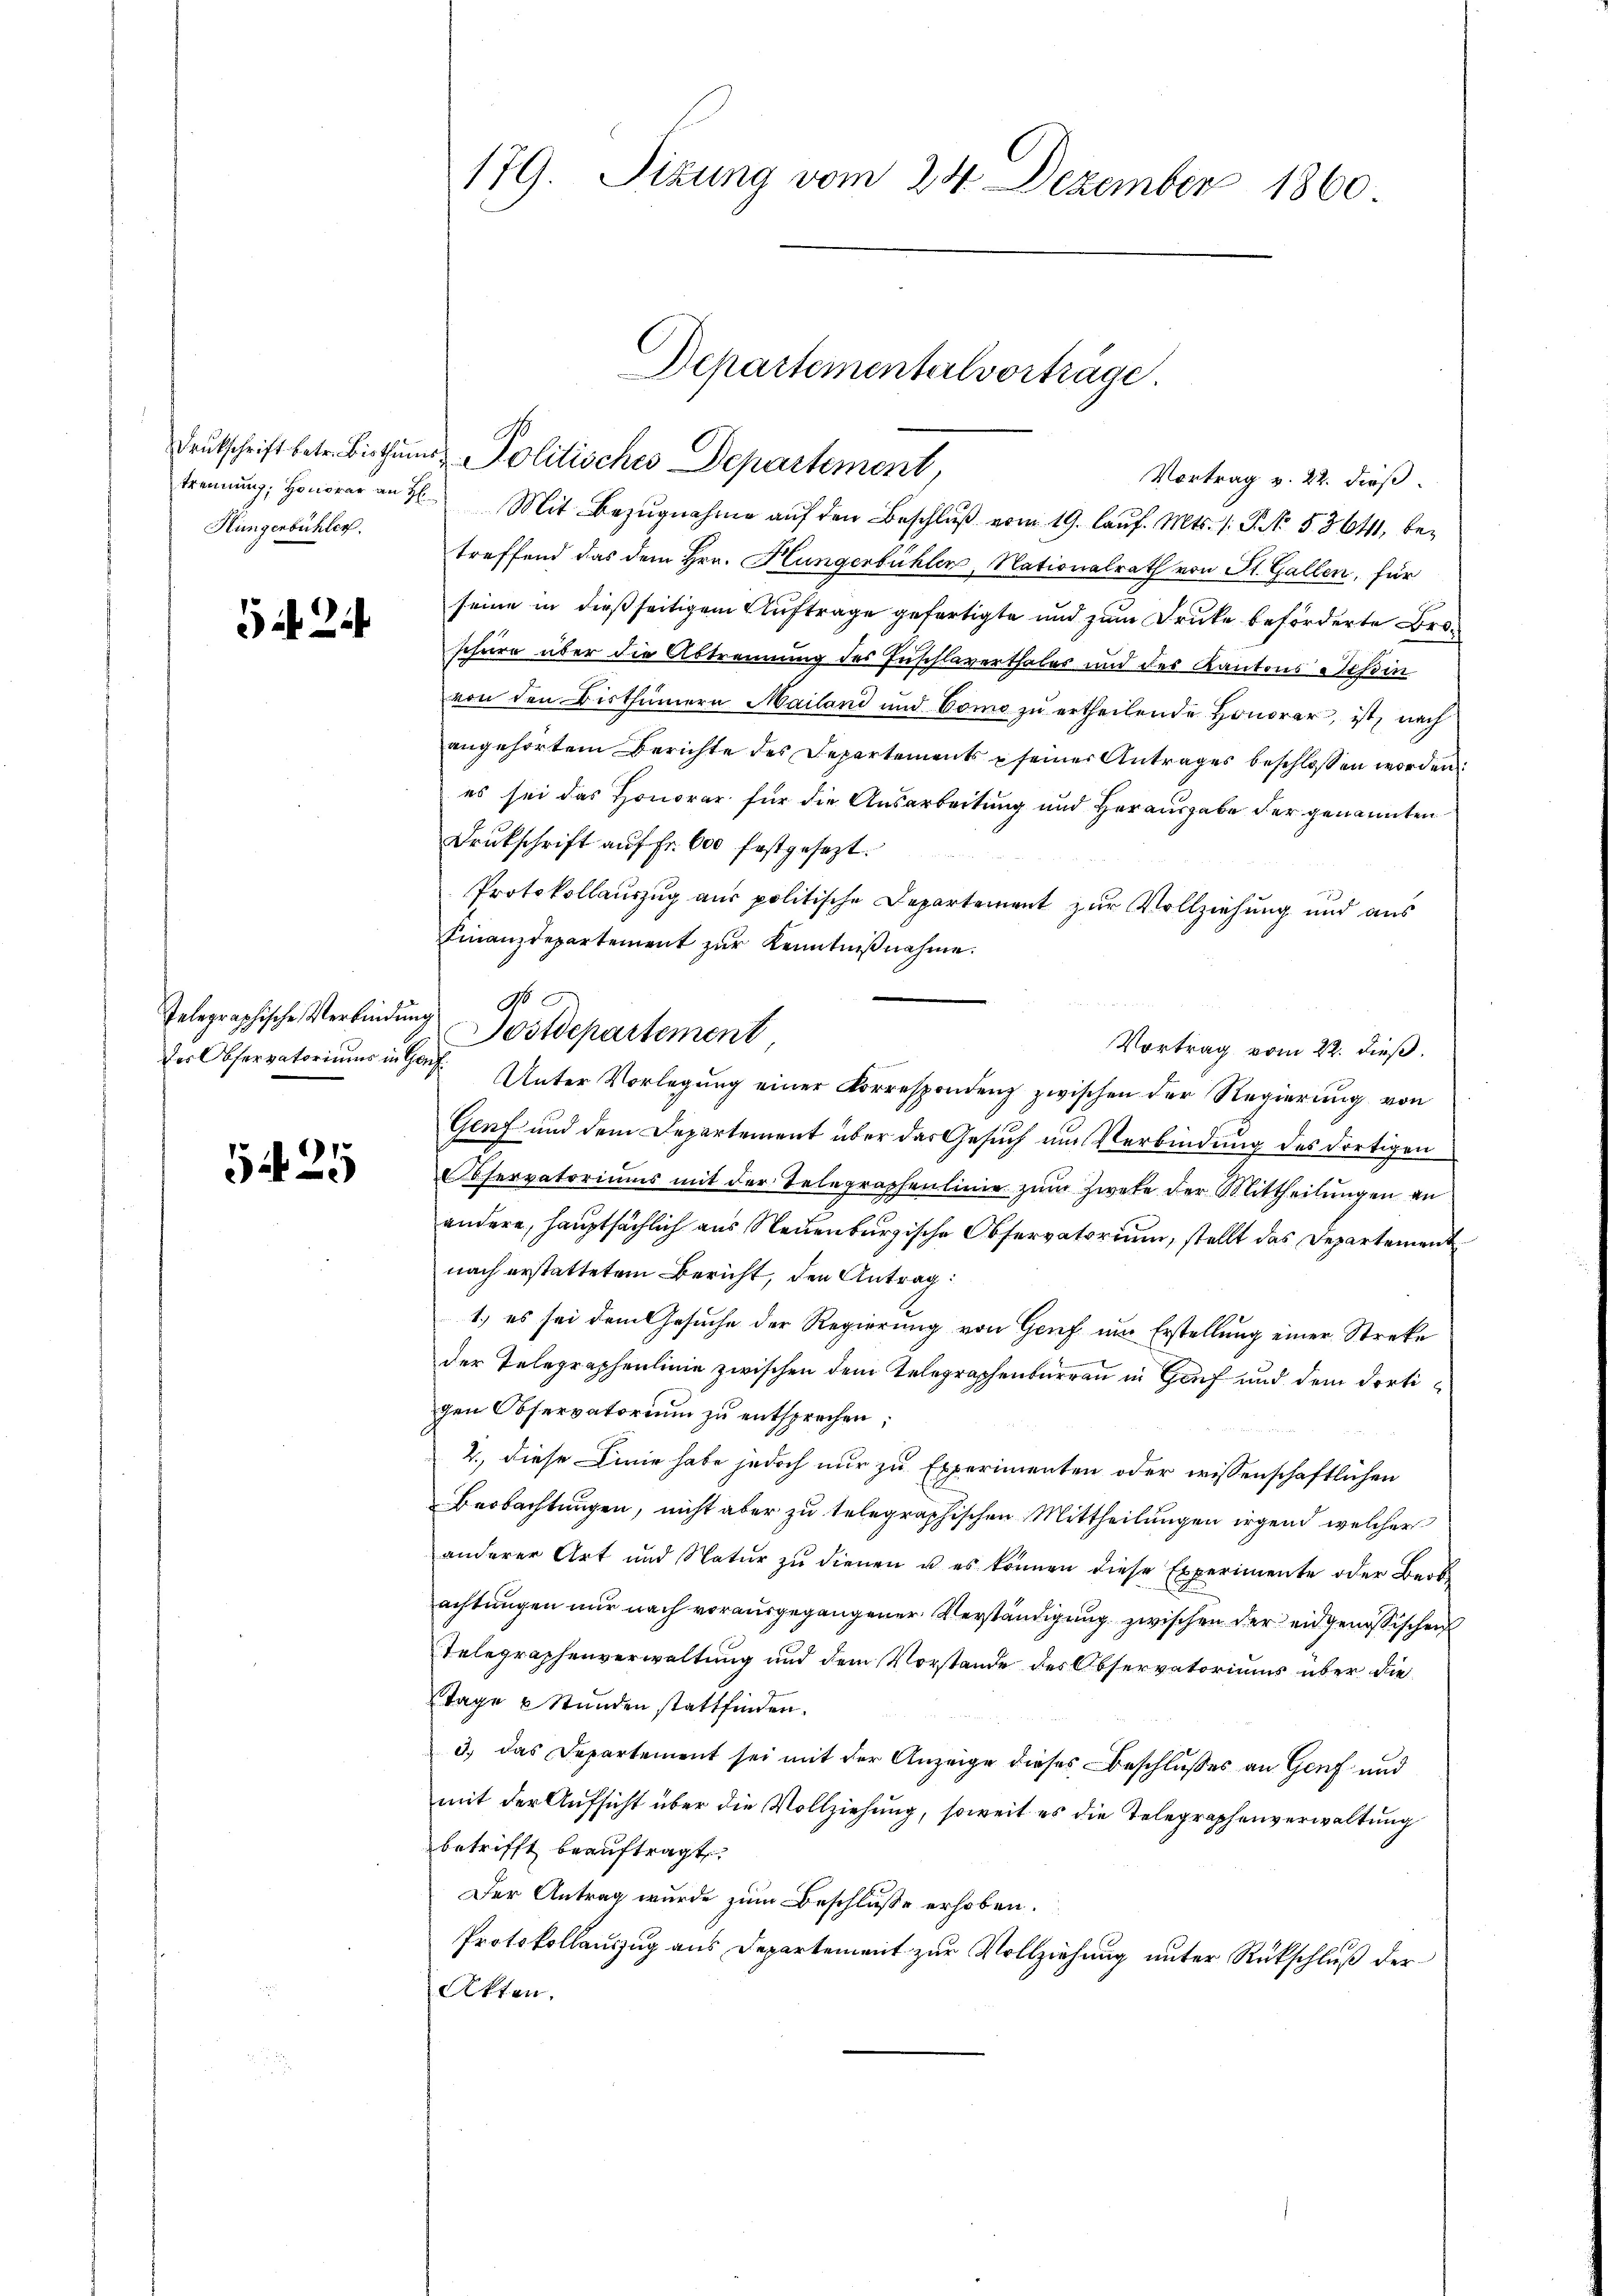
trennung, Honorar an H
Hingenbühler.

2

Telegraphische Verbindung
des Observatoriums in Ger

5425

179. Sizung vom 24. Dezember 1860

Mit Bezugnahme aŭf den Beschluß vom 19. laŭf. Mts. 1. P. No. 53641, betreffend das dem Hrn. Hungenbühlen, Nationalrath von St. Gallen, für
seine in dießseitigem Auftrage gefertigte und zum Drucke beförderte Broschüre über die Abtrennung des Zuschlaverthales und des Kantons Teßin
von den Bisthümern Mailand und Como zŭ ertheilende Honorar, ist, nach
angehörtem Berichte des Departements seiner Antrages beschlossen worden
es sei das Honorar für die Ausarbeitung und Herausgabe der genannten
Drukschrift aŭf fr. 600 festgesezt.
Protokollauszug aus politische Departement zur Vollziehung und aus
Finanzdepartement zŭr Kenntniβnahme.
Vortrag vom 22. dieß.
 Unter Vorlegŭng einer Korrespondenz zwischen der Regierŭng von
Genf und dem Departement über das Gesuch um Verbindung des dortigen
iservatoriums mit der Telegraphenlinie zum Zwete der Mittheilungen an
andere, hauptsächlich aus Neuenburgische Observatorium, stellt das Departement
nach erstattetem Bericht, den Antrag:
1.) es sei dem Gesuche der Regierung von Genf um Erstellung einer Streke
der Telegraphenlinie zwischen dem Telegraphenburgau in Genf und dem dortigen Observatorium zu entsprechen;
2., diese Linie habe jedoch nur zu Experimenten oder wissenschaftlichen
Beobachtungen, nicht aber zu telegraphischen Mittheilungen irgend welcher
anderer Art und Natŭr zŭ dienen u. es können diese Experimente oder Beob
achtungen nur nach vorausgegangener Verständigung zwischen der eidgenössischen
Telegraphenverwaltung und dem Vorstande des Observatoriums über die
Tage u Stunden stattfinden.
3.) Das Departement sei mit der Anzeige dieses Beschlußes an Genf und
mit der Aufsicht über die Vollziehung, soweit es die Telegraphenverwaltung
betrifft beauftragt.
Der Antrag wurde zum Beschlusse erhoben.
Protokollauszug aus Departement zur Vollziehung unter Rückschluß der
Akten.

No 5.
Postdepartement,

Departementalvorträge
Drukschrift betr. Bisthums Politisches Departement,
Vortrag v. 22. dieß.